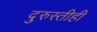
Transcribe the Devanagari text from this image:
दुरुस्तीही